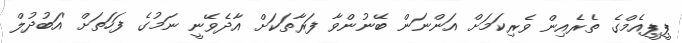
ޕީޕީއެމްގެ ތެރެއިން ވެރިކަމަށް އަންނަން ބޭނުންވާ ފަރާތަކަށް އާދެވޭނީ ނަމުގެ ފަހަތަށް 'އަބުދުލް